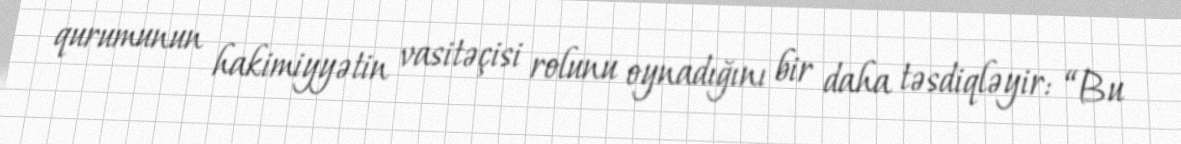
qurumunun hakimiyyətin vasitəçisi rolunu oynadığını bir daha təsdiqləyir: “Bu